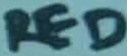
Text: RED